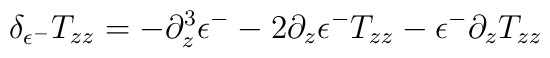
\delta_{\epsilon^{-}}T_{zz}=-\partial_{z}^{3}\epsilon^{-}          	-2\partial_{z}\epsilon^{-}T_{zz}-\epsilon^{-}\partial_{z}T_{zz}